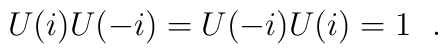
U(i) U(-i) = U(-i) U(i) = 1\ \ .